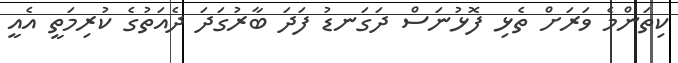
ކިތަންމެ ވަރަށް ތެޅި ފޮޅުނަސް ދަގަނޑު ފަދަ ބާރުގަދަ ދެއަތުގެ ކުރިމަތީ އެއީ